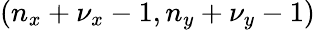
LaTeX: (n_{x}+\nu_{x}-1,n_{y}+\nu_{y}-1)